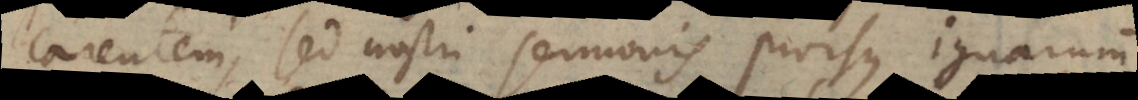
carentem, sed nostri sermonis prorsus ignarum